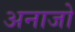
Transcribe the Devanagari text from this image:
अनाजो